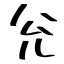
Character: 兊